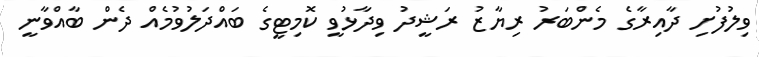
ވިލުފުށި ދާއިރާގެ މެންބަރު ރިޔާޒު ރަޝީދު ވިދާޅުވީ ކޮމިޓީގެ ބައްދަލުވުމެއް ދެން ބާއްވާނީ